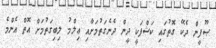
ޞޫފީން ދެކޭ ގޮތުގައި ކަޝްފަކީ ދީން ދެނެގަތުމަށާއި ޢިލްމު ލިބިގަތުމަށް އޮތް އެންމެ